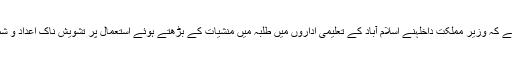
کمیٹی ارکان نے کہ وزیر مملکت داخلہنے اسلام آباد کے تعلیمی اداروں میں طلبہ میں منشیات کے بڑھتے ہوئے استعمال پر تشویش ناک اعداد و شمار بتائے ہیں۔